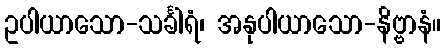
ဥပါယာသော-သင်္ခါရံ၊ အနုပါယာသော-နိဗ္ဗာနံ။